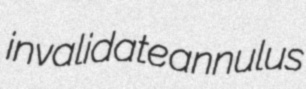
invalidate annulus